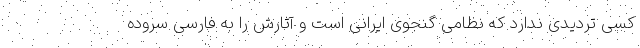
کسی تردیدی ندارد که نظامی گنجوی ایرانی است و آثارش را به فارسی سروده